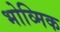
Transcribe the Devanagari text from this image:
भोव्मिक